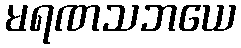
မရဏသဘယေ